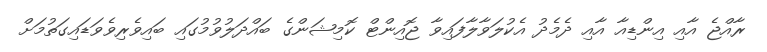
ރާއްޖެ އާއި އިންޑިއާ އާއި ދެމެދު އެކުލަވާލާފައިވާ ޖޮއިންޓް ކޮމިޝަންގެ ބައްދަލުވުމުގައި ބައިވެރިވެވަޑައިގަތުމަށް